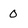
Character: 0